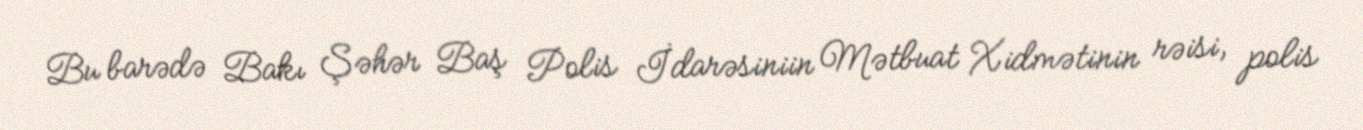
Bu barədə Bakı Şəhər Baş Polis İdarəsiniin Mətbuat Xidmətinin rəisi, polis